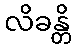
လိခန္တိ